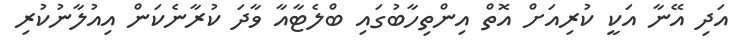
އަދި އޭނާ އަކީ ކުރިއަށް އޮތް އިންތިހާބުގައި ބްލެޓާއާ ވާދަ ކުރާނެކަން އިއުލާނުކުރި